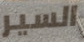
السير